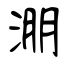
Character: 淜